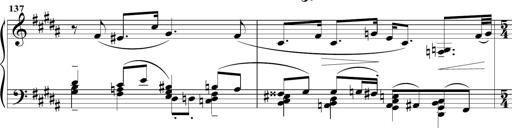
Title: Sonatine MÃ©lancolique
Composer: Julian Raoul Besset